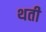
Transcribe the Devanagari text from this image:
थती